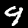
Label: 9